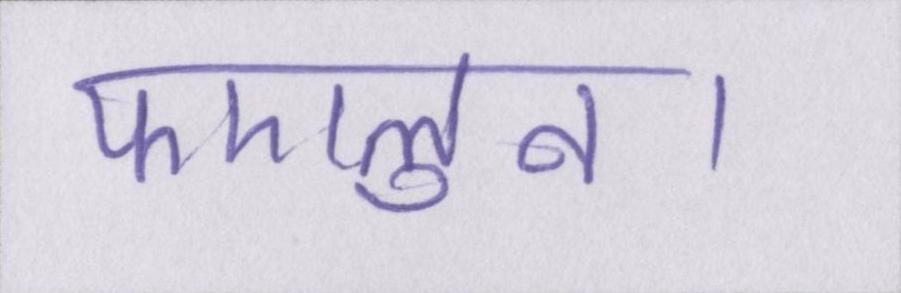
फएलुन।